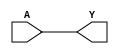
module CLKBUF2 (A, Y);
input  A ;
output Y ;

   buf (Y, A);

   specify
     // delay parameters
     specparam
       tpllh$A$Y = 0.37:0.37:0.37,
       tphhl$A$Y = 0.38:0.38:0.38;

     // path delays
     (A *> Y) = (tpllh$A$Y, tphhl$A$Y);

   endspecify

endmodule